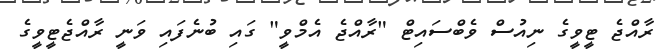
ރާއްޖެ ޓީވީގެ ނިއުސް ވެބްސައިޓް "ރާއްޖެ އެމްވީ" ގައި ބުނެފައި ވަނީ ރާއްޖެޓީވީގެ